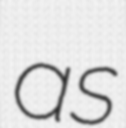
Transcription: as